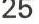
25